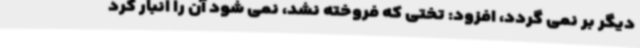
دیگر بر نمی گردد، افزود: تختی که فروخته نشد، نمی شود آن را انبار کرد